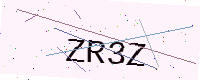
Text: ZR3Z